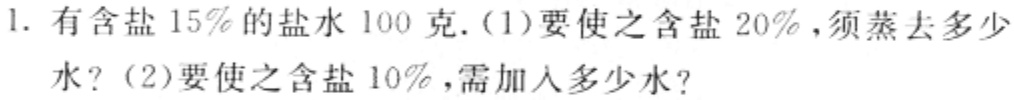
1. 有含盐$15\%$的盐水$100$克. (1)要使之含盐$20\%$，须蒸去多少水？(2)要使之含盐$10\%$，需加入多少水？